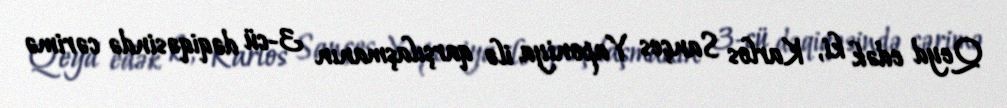
Qeyd edək ki, Karlos Sançes Yaponiya ilə qarşılaşmanın 3-cü dəqiqəsində cərimə